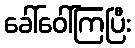
ခေါ်ဝေါ်ကြပြီး